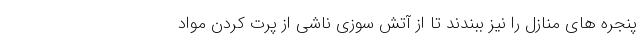
پنجره های منازل را نیز ببندند تا از آتش سوزی ناشی از پرت کردن مواد